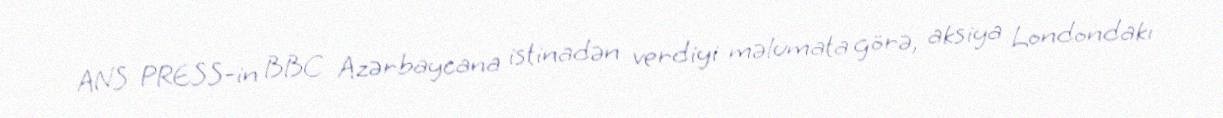
ANS PRESS-in BBC Azərbaycana istinadən verdiyi məlumata görə, aksiya Londondakı